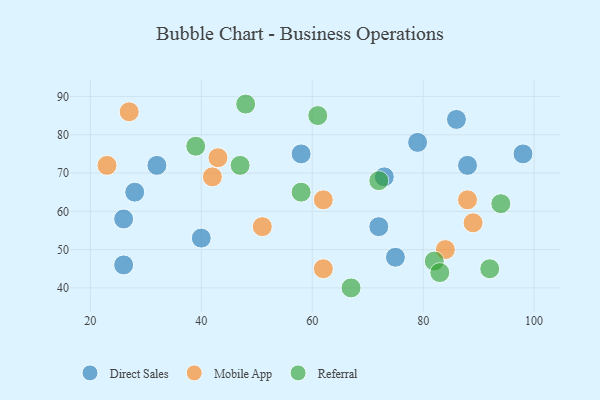
{"axis": {"x": "GDP", "y": "Life Expectancy"}, "legend": ["Direct Sales", "Mobile App", "Referral"], "data": [{"x": "98", "y": 75, "type": "Direct Sales"}, {"x": "58", "y": 75, "type": "Direct Sales"}, {"x": "32", "y": 72, "type": "Direct Sales"}, {"x": "79", "y": 78, "type": "Direct Sales"}, {"x": "40", "y": 53, "type": "Direct Sales"}, {"x": "72", "y": 56, "type": "Direct Sales"}, {"x": "73", "y": 69, "type": "Direct Sales"}, {"x": "86", "y": 84, "type": "Direct Sales"}, {"x": "75", "y": 48, "type": "Direct Sales"}, {"x": "26", "y": 58, "type": "Direct Sales"}, {"x": "26", "y": 46, "type": "Direct Sales"}, {"x": "28", "y": 65, "type": "Direct Sales"}, {"x": "88", "y": 72, "type": "Direct Sales"}, {"x": "43", "y": 74, "type": "Mobile App"}, {"x": "51", "y": 56, "type": "Mobile App"}, {"x": "62", "y": 63, "type": "Mobile App"}, {"x": "62", "y": 45, "type": "Mobile App"}, {"x": "23", "y": 72, "type": "Mobile App"}, {"x": "89", "y": 57, "type": "Mobile App"}, {"x": "27", "y": 86, "type": "Mobile App"}, {"x": "42", "y": 69, "type": "Mobile App"}, {"x": "84", "y": 50, "type": "Mobile App"}, {"x": "88", "y": 63, "type": "Mobile App"}, {"x": "94", "y": 62, "type": "Referral"}, {"x": "82", "y": 47, "type": "Referral"}, {"x": "92", "y": 45, "type": "Referral"}, {"x": "72", "y": 68, "type": "Referral"}, {"x": "83", "y": 44, "type": "Referral"}, {"x": "67", "y": 40, "type": "Referral"}, {"x": "47", "y": 72, "type": "Referral"}, {"x": "61", "y": 85, "type": "Referral"}, {"x": "39", "y": 77, "type": "Referral"}, {"x": "58", "y": 65, "type": "Referral"}, {"x": "48", "y": 88, "type": "Referral"}]}